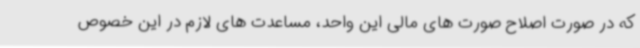
که در صورت اصلاح صورت های مالی این واحد، مساعدت های لازم در این خصوص